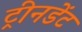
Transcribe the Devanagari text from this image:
ट्रीनडेंट